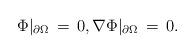
LaTeX: \begin{align*}\Phi|_{\partial \Omega}\,=\,0,\nabla\Phi|_{\partial\Omega}\,=\,0.\end{align*}